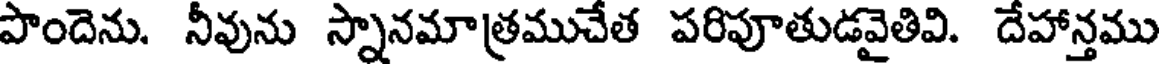
పొందెను. నీవును స్నానమాత్రముచేత పరిపూతుడవైతివి. దేహాన్తము